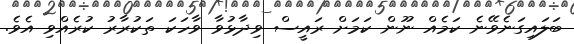
ބަލައިގަނެވޭނެ ކަމެއް ނޫން ކަމަށް ރައީސް ވިދާޅުވާ ވާހަކަ ތަކުރާރު ކުރެއްވި އެވެ.